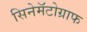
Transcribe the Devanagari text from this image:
सिनेमॅटोग्राफ